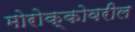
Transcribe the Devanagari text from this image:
मोरोक्कोवरील